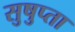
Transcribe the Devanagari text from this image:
सुषुप्ता